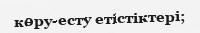
көру-есту етістіктері;